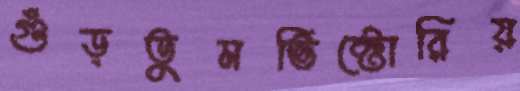
গুঁড়তুমভিক্টোরিয়